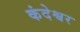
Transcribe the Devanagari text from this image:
कंदेश्वर